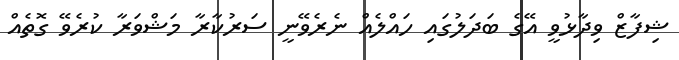
ޝިފާޒް ވިދާޅުވީ އޭގެ ބަދަލުގައި ހައްލެއް ނެރެވޭނީ ސަރުކާރާ މަޝްވަރާ ކުރެވޭ ގޮތެއް